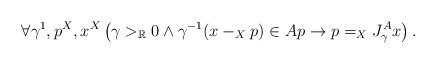
LaTeX: \begin{align*}\forall \gamma^1,p^X,x^X\left(\gamma>_\mathbb{R}0\land\gamma^{-1}(x-_Xp)\in Ap\rightarrow p=_X J^A_{\gamma} x\right).\end{align*}